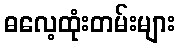
ဓလေ့ထုံးတမ်းများ